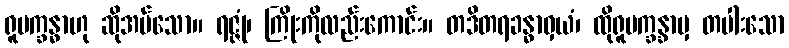
ရူပက္ခန္ဓာဟု ဆိုအပ်သော။ ရဇ္ဇုံ၊ ကြိုးကိုလည်းကောင်း။ တဒိတရခန္ဓာဝှယံ၊ ထိုရူပက္ခန္ခာမှ တပါးသော